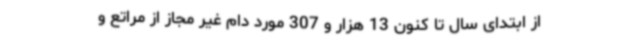
از ابتدای سال تا کنون 13 هزار و 307 مورد دام غیر مجاز از مراتع و